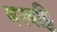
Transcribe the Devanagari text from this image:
बरबट्टि